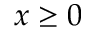
x \geq 0